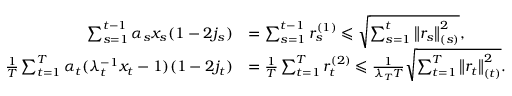
\begin{array} { r l } { \sum _ { s = 1 } ^ { t - 1 } \alpha _ { s } x _ { s } ( 1 - 2 j _ { s } ) } & { = \sum _ { s = 1 } ^ { t - 1 } r _ { s } ^ { ( 1 ) } \leqslant \sqrt { \sum _ { s = 1 } ^ { t } \left\| r _ { s } \right\| _ { ( s ) } ^ { 2 } } , } \\ { \frac { 1 } { T } \sum _ { t = 1 } ^ { T } \alpha _ { t } ( \lambda _ { t } ^ { - 1 } x _ { t } - 1 ) ( 1 - 2 j _ { t } ) } & { = \frac { 1 } { T } \sum _ { t = 1 } ^ { T } r _ { t } ^ { ( 2 ) } \leqslant \frac { 1 } { \lambda _ { T } T } \sqrt { \sum _ { t = 1 } ^ { T } \left\| r _ { t } \right\| _ { ( t ) } ^ { 2 } } . } \end{array}